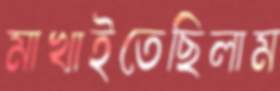
মাখাইতেছিলাম